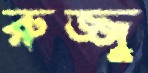
রুজ্জু